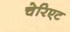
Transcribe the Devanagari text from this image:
चेरिएट